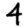
Digit: 4